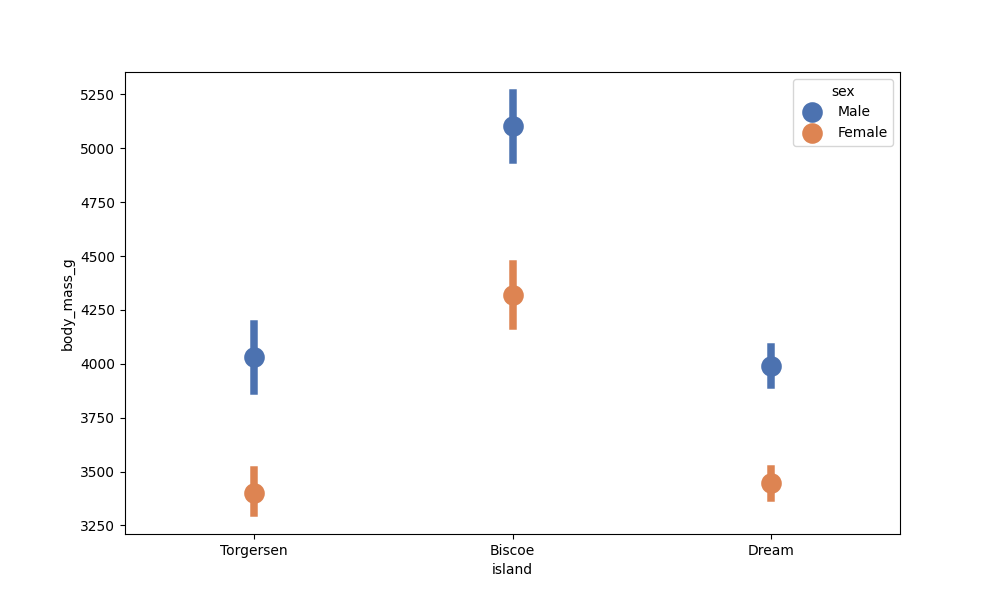
python, seaborn, pointplot, scale=2.0, join=False, hue='sex', palette='deep'